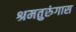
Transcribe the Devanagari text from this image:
श्रमतुरुंगास